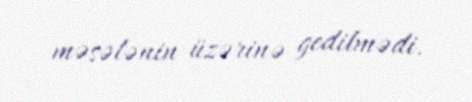
məsələnin üzərinə gedilmədi.